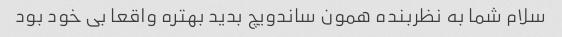
سلام شما به نظربنده همون ساندویچ بدید بهتره واقعا بی خود بود